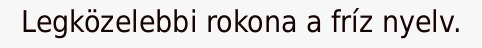
Legközelebbi rokona a fríz nyelv.